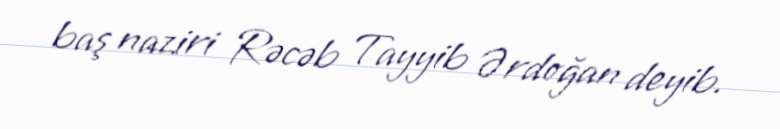
baş naziri Rəcəb Tayyib Ərdoğan deyib.